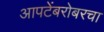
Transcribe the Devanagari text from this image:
आपटेंबरोबरचा